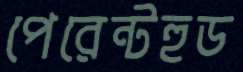
পেরেন্টহুড